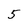
Character: 5